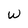
Character: w